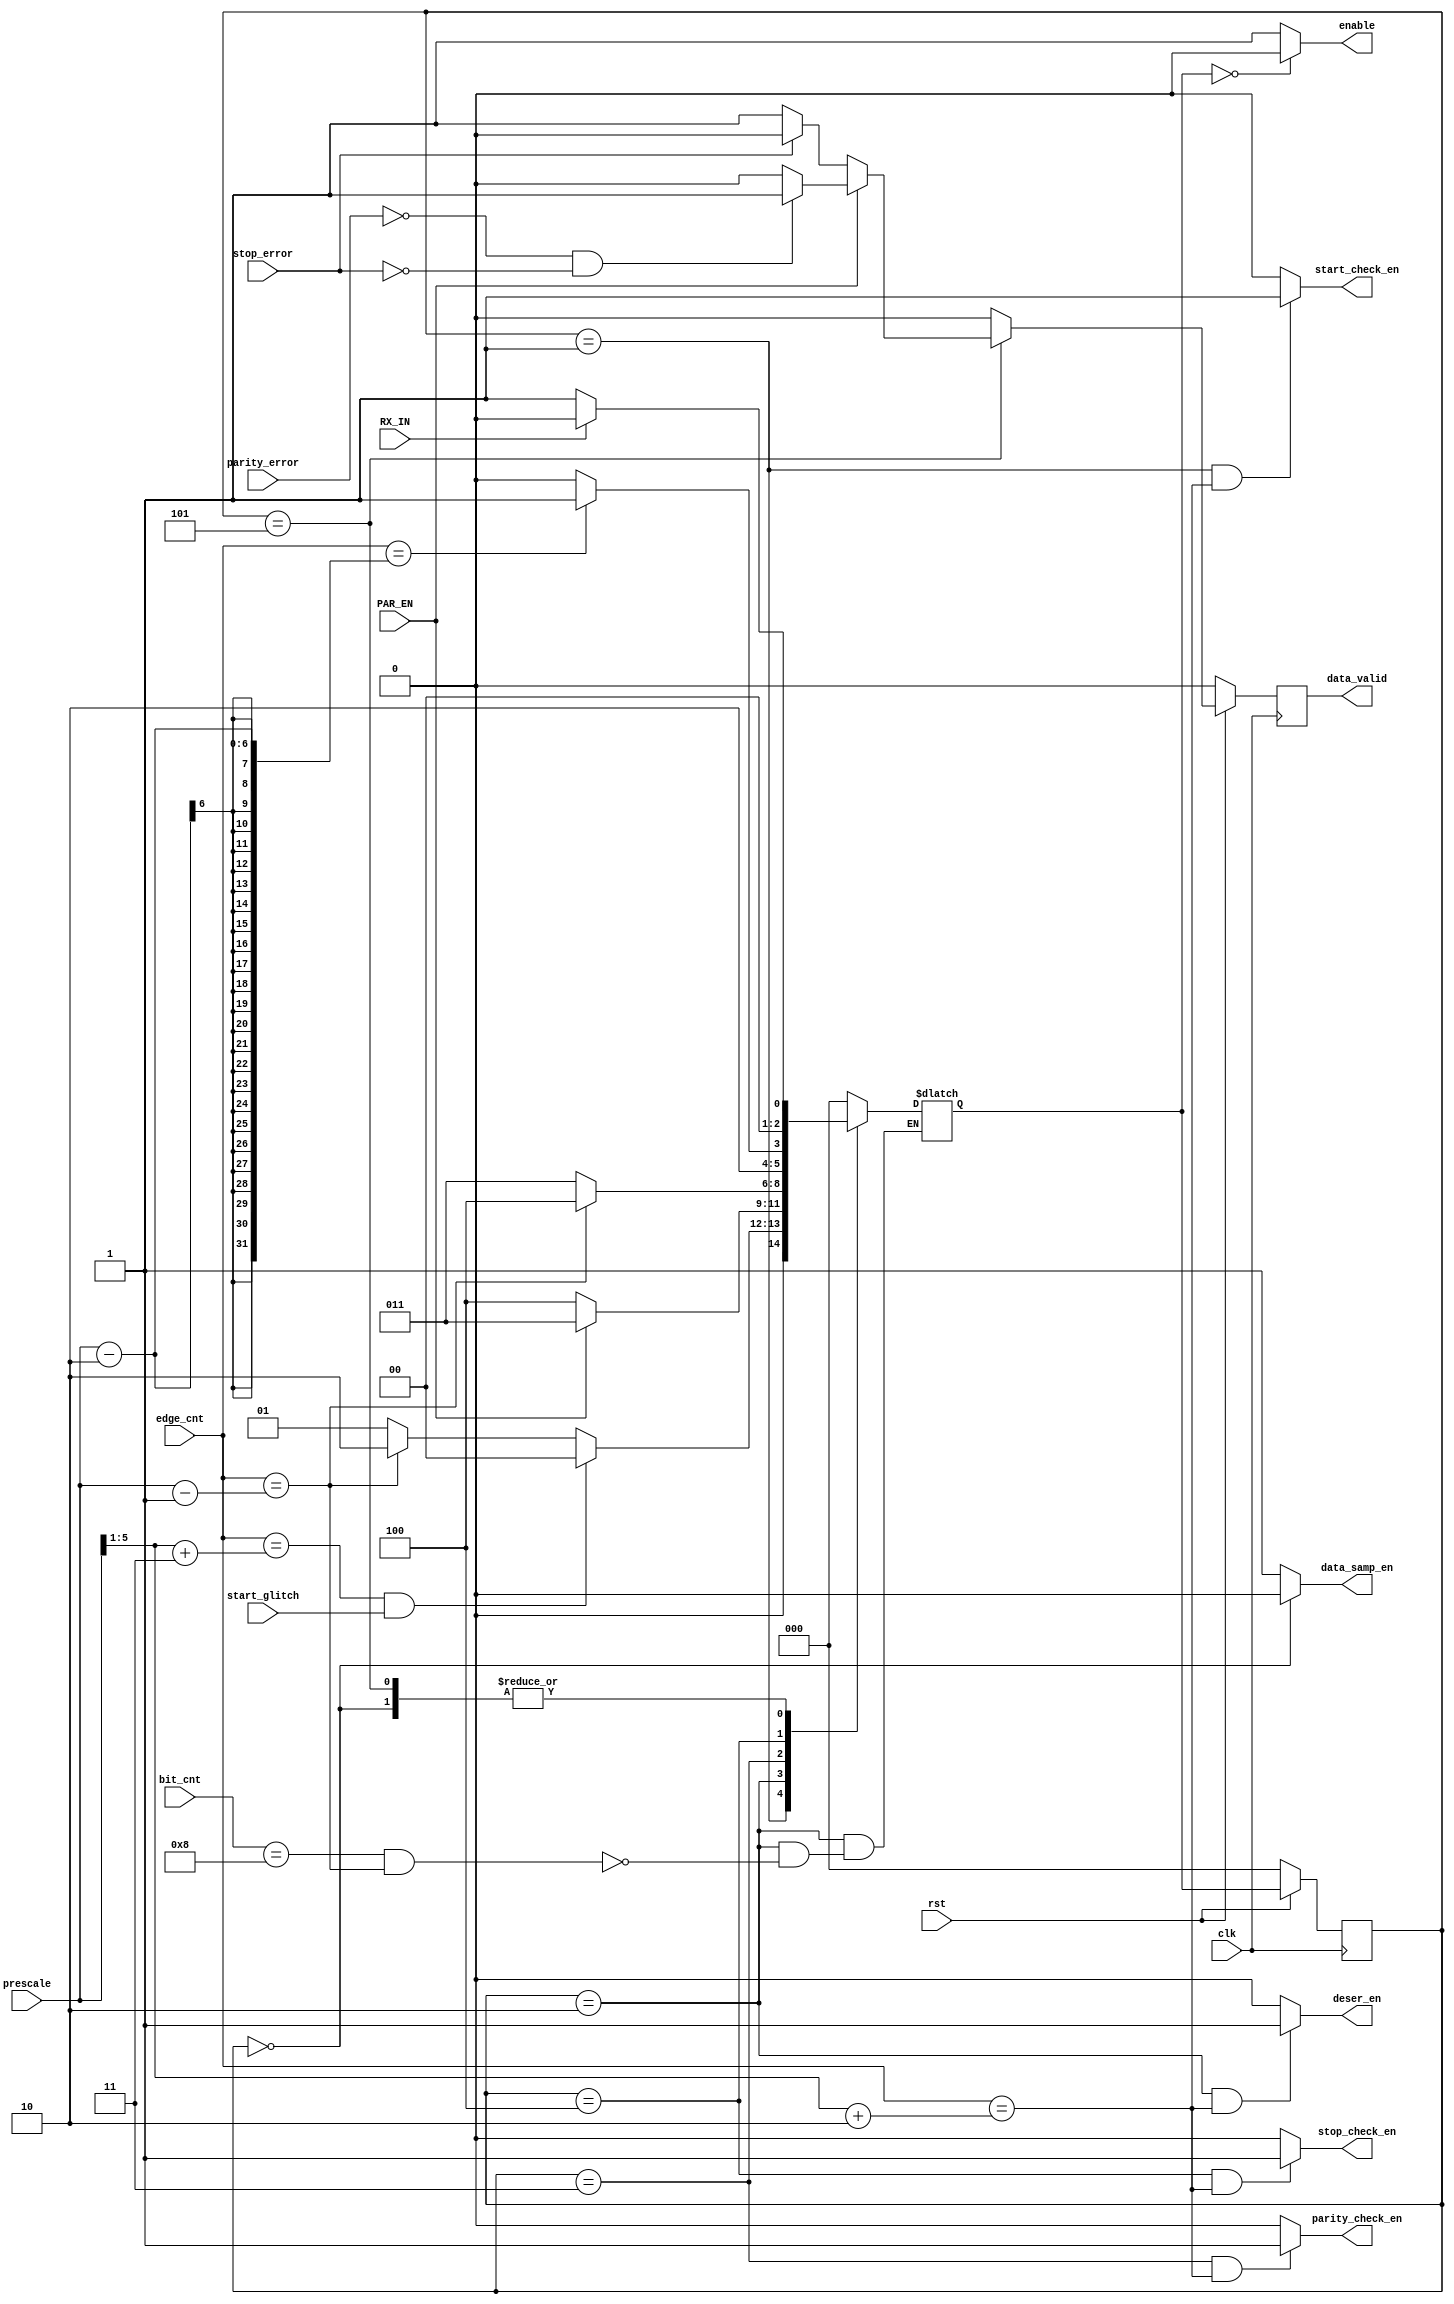
module UART_RX_FSM(
    input clk,rst,
    input RX_IN,
    input [5:0]prescale,edge_cnt,
    input PAR_EN,
    input [3:0]bit_cnt,
    input parity_error,start_glitch,stop_error,
    output  parity_check_en,start_check_en,stop_check_en,
    output  deser_en,enable,data_samp_en,
    output reg data_valid
);
reg data_valid_comp;
localparam idle_state =3'b000 ;
localparam start_state =3'b001 ;
localparam data_sampling_state =3'b010;
localparam parity_check_state = 3'b011;
localparam stop_check_state = 3'b100;
//localparam data_valid_state = 3'b101;
localparam consequent_frame_state =3'b101 ;

reg [2:0] state_reg;
reg [2:0] state_next;

always @(posedge clk) begin
    if (!rst) begin
        state_reg<=idle_state;
        data_valid<=1'b0;
    end
    else
    begin
      state_reg<=state_next;
      data_valid<=data_valid_comp;
    end
end
always @(*) begin
    case (state_reg)
      idle_state  : begin
        if (RX_IN) begin
            state_next=idle_state;
        end
        else
        begin
          state_next=start_state;
        end
      end
      start_state:begin
        if (edge_cnt==((prescale>>1'b1)+2'd3)&&start_glitch) begin
            state_next=idle_state;
        end
        else if(edge_cnt==prescale-1'b1) begin
            state_next=data_sampling_state;
        end
        else
        begin
          state_next=start_state;
        end
      end
      data_sampling_state:begin
        if (bit_cnt==4'd8&&edge_cnt==prescale-1'b1) begin
          if (PAR_EN) begin
            state_next=parity_check_state;
          end
          else
          begin
            state_next=stop_check_state;
          end
        end
      end
      parity_check_state:begin
        if (edge_cnt==prescale-1'b1) begin
            state_next=stop_check_state;
        end
        else
        begin
          state_next=parity_check_state;
        end
        end
      stop_check_state:begin
        if (edge_cnt==prescale-'d2) begin  //before stop by one clock cycle to check it will go to idle or start state 
            state_next=consequent_frame_state;
        end
        else
        begin
          state_next=stop_check_state;
        end
      end
      consequent_frame_state:begin
        if(!RX_IN)begin
          state_next=start_state;
        end
        else
        begin
          state_next=idle_state;
        end
      end
        default: state_next=idle_state;
    endcase
end
always @(*) begin
  if (state_reg==consequent_frame_state) begin
    if (PAR_EN) begin
      if (!parity_error&&!stop_error) begin
        data_valid_comp=1'b1;
      end
      else
      begin
        data_valid_comp=1'b0;
      end
    end
    else
    begin
      if (!stop_error) begin
        data_valid_comp=1'b1;
      end
      else
      begin
        data_valid_comp=1'b0;  
      end
    end
  end
  else
  begin
    data_valid_comp=1'b0;
  end
end
assign deser_en=((state_reg==data_sampling_state)&&(edge_cnt==(prescale>>'d1)+'d2))?1'b1:1'b0;
assign start_check_en=((state_reg==start_state)&&(edge_cnt==(prescale>>'d1)+'d2))?1'b1:1'b0;
assign stop_check_en=((state_reg==stop_check_state)&&(edge_cnt==(prescale>>'d1)+'d2))?1'b1:1'b0;
assign parity_check_en=((state_reg==parity_check_state)&&(edge_cnt==(prescale>>'d1)+'d2))?1'b1:1'b0;
assign enable= ((state_next == idle_state)) ? 'd0: 'd1;
assign data_samp_en=(state_reg==idle_state)?1'b0:1'b1;

endmodule